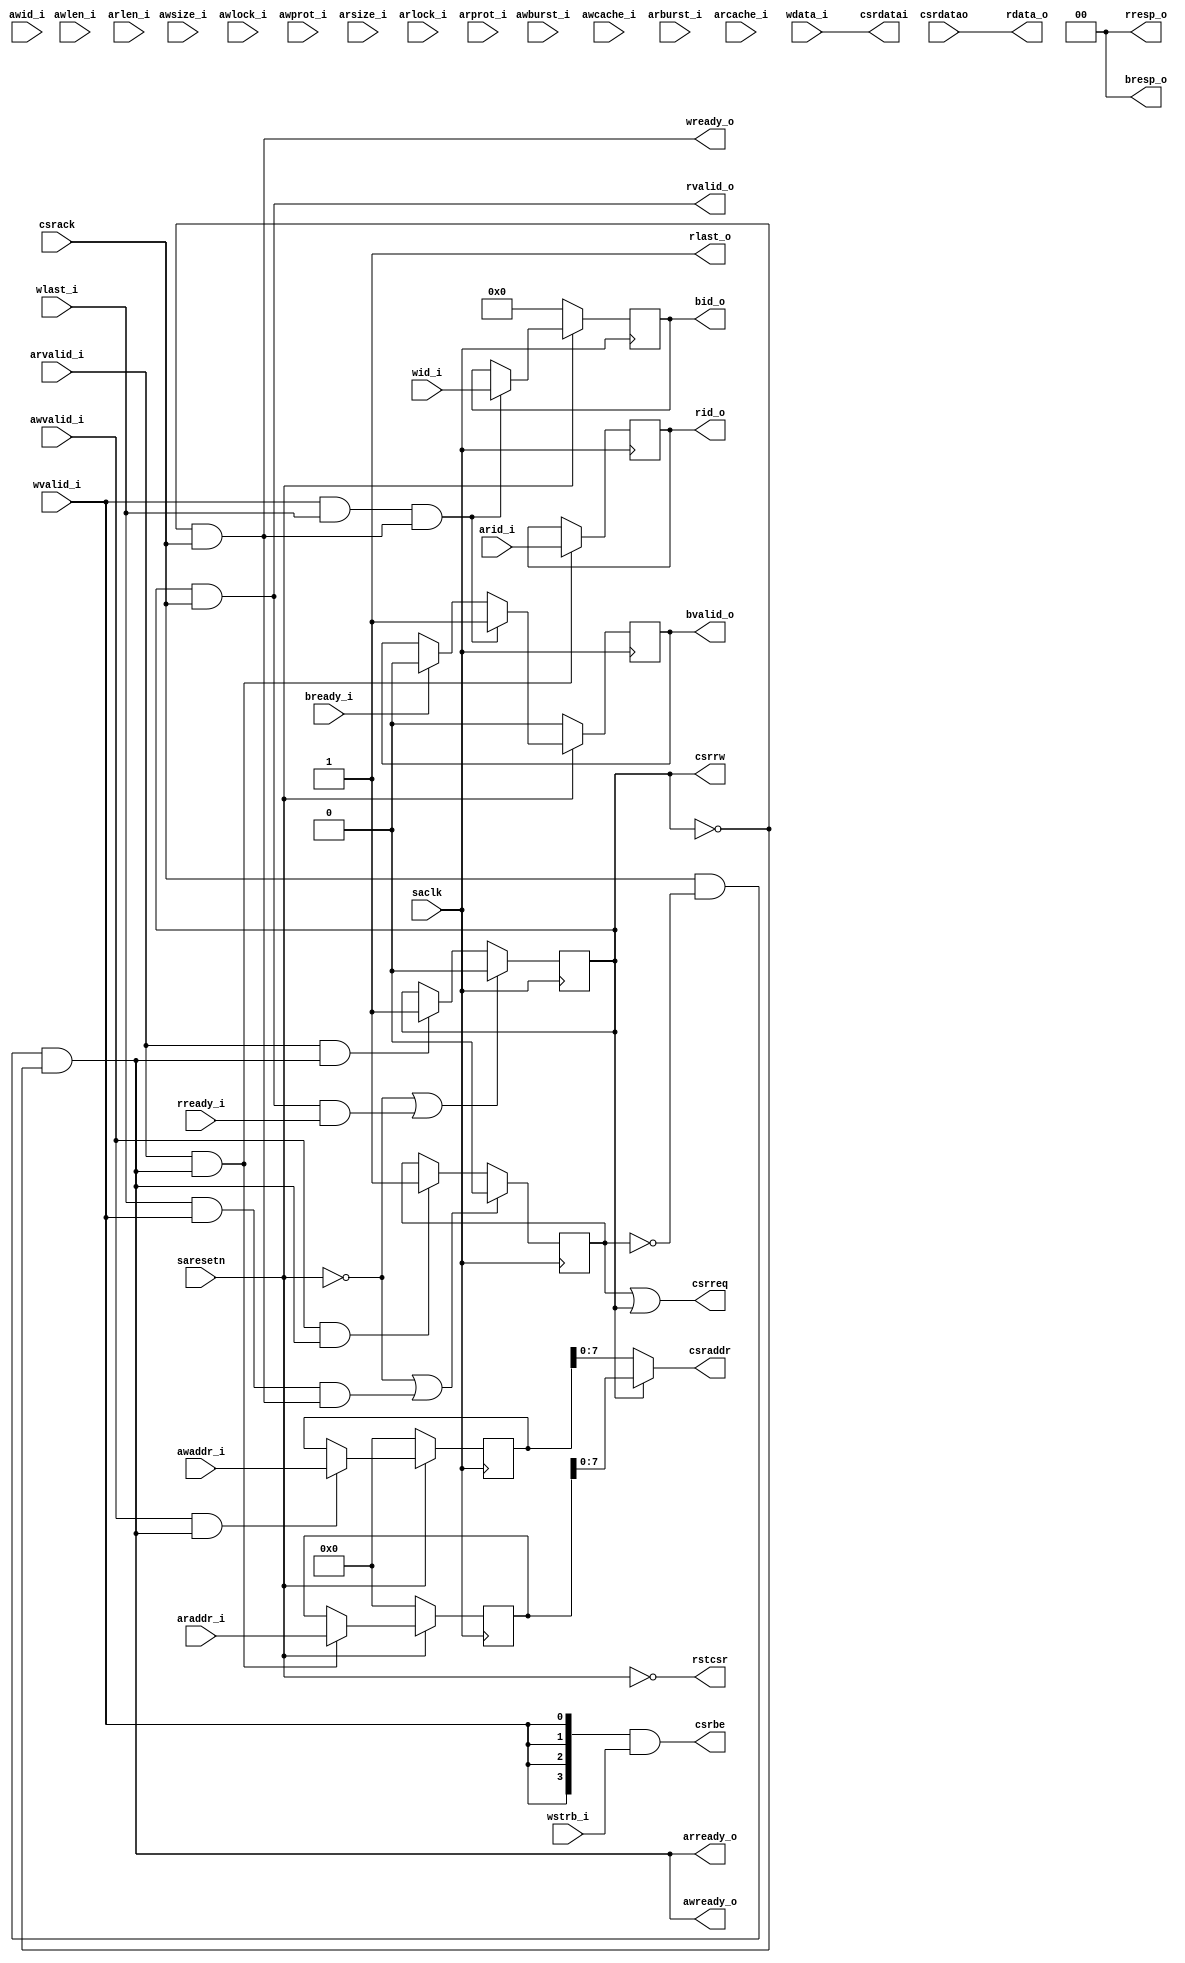
/*------------------------------------------------------------------------------
--------------------------------------------------------------------------------
Copyright (c) 2016, Loongson Technology Corporation Limited.

All rights reserved.

Redistribution and use in source and binary forms, with or without modification,
are permitted provided that the following conditions are met:

1. Redistributions of source code must retain the above copyright notice, this 
list of conditions and the following disclaimer.

2. Redistributions in binary form must reproduce the above copyright notice, 
this list of conditions and the following disclaimer in the documentation and/or
other materials provided with the distribution.

3. Neither the name of Loongson Technology Corporation Limited nor the names of 
its contributors may be used to endorse or promote products derived from this 
software without specific prior written permission.

THIS SOFTWARE IS PROVIDED BY THE COPYRIGHT HOLDERS AND CONTRIBUTORS "AS IS" AND 
ANY EXPRESS OR IMPLIED WARRANTIES, INCLUDING, BUT NOT LIMITED TO, THE IMPLIED 
WARRANTIES OF MERCHANTABILITY AND FITNESS FOR A PARTICULAR PURPOSE ARE 
DISCLAIMED. IN NO EVENT SHALL LOONGSON TECHNOLOGY CORPORATION LIMITED BE LIABLE
TO ANY PARTY FOR DIRECT, INDIRECT, INCIDENTAL, SPECIAL, EXEMPLARY, OR 
CONSEQUENTIAL DAMAGES (INCLUDING, BUT NOT LIMITED TO, PROCUREMENT OF SUBSTITUTE 
GOODS OR SERVICES; LOSS OF USE, DATA, OR PROFITS; OR BUSINESS INTERRUPTION) 
HOWEVER CAUSED AND ON ANY THEORY OF LIABILITY, WHETHER IN CONTRACT, STRICT 
LIABILITY, OR TORT (INCLUDING NEGLIGENCE OR OTHERWISE) ARISING IN ANY WAY OUT OF
THE USE OF THIS SOFTWARE, EVEN IF ADVISED OF THE POSSIBILITY OF SUCH DAMAGE.
--------------------------------------------------------------------------------
------------------------------------------------------------------------------*/

module MACCSR2AXI (
  saclk         ,
  saresetn      ,
  awid_i       ,
  awaddr_i     ,
  awlen_i      ,
  awsize_i     ,
  awburst_i    ,
  awlock_i     ,
  awcache_i    ,
  awprot_i     ,
  awvalid_i    ,
  awready_o    ,   
  wid_i        ,
  wdata_i      ,
  wstrb_i      ,
  wlast_i      ,
  wvalid_i     ,
  wready_o     ,
  bid_o        ,
  bresp_o      ,
  bvalid_o     ,
  bready_i     ,
  arid_i       ,
  araddr_i     ,
  arlen_i      ,
  arsize_i     ,
  arburst_i    ,
  arlock_i     ,
  arcache_i    ,
  arprot_i     ,
  arvalid_i    ,
  arready_o    ,
  rid_o        ,
  rdata_o      ,
  rresp_o      ,
  rlast_o      ,
  rvalid_o     ,
  rready_i     ,                 

  rstcsr        ,
  csrack        ,
  csrdatao      ,
  csrreq        ,
  csrrw         ,
  csrbe         ,
  csrdatai      ,
  csraddr
  );


  parameter SAXIDATAWIDTH     = 32;
  parameter SAXIADDRESSWIDTH  = 32;
  parameter CSRDATAWIDTH      = 32;
  parameter CSRADDRESSWIDTH   = 8;


    
  input     saclk;
  input     saresetn;
  input   [  3:0]   awid_i              ;
  input   [ 31:0]   awaddr_i            ;
  input   [  3:0]   awlen_i             ;
  input   [  2:0]   awsize_i            ;
  input   [  1:0]   awburst_i           ;
  input   [  1:0]   awlock_i            ;
  input   [  3:0]   awcache_i           ;
  input   [  2:0]   awprot_i            ;
  input             awvalid_i           ;
  output            awready_o           ;
  input   [  3:0]   wid_i               ;
  input   [ 31:0]   wdata_i             ;
  input   [  3:0]   wstrb_i             ;
  input             wlast_i             ;
  input             wvalid_i            ;
  output            wready_o            ;
  output  [  3:0]   bid_o               ;
  output  [  1:0]   bresp_o             ;
  output            bvalid_o            ;
  input             bready_i            ;
  input   [  3:0]   arid_i              ;
  input   [ 31:0]   araddr_i            ;
  input   [  3:0]   arlen_i             ;
  input   [  2:0]   arsize_i            ;
  input   [  1:0]   arburst_i           ;
  input   [  1:0]   arlock_i            ;
  input   [  3:0]   arcache_i           ;
  input   [  2:0]   arprot_i            ;
  input             arvalid_i           ;
  output            arready_o           ;
  output  [  3:0]   rid_o               ;
  output  [ 31:0]   rdata_o             ;
  output  [  1:0]   rresp_o             ;
  output            rlast_o             ;
  output            rvalid_o            ;
  input             rready_i            ;                 

    
  output    rstcsr; 
  wire      rstcsr;
  input     csrack; 
  input     [CSRDATAWIDTH - 1:0] csrdatao; 
  output    csrreq; 
  wire      csrreq;
  output    csrrw; 
  wire      csrrw;
  output    [CSRDATAWIDTH / 8 - 1:0] csrbe; 
  wire      [CSRDATAWIDTH / 8 - 1:0] csrbe;
  output    [CSRDATAWIDTH - 1:0] csrdatai; 
  wire      [CSRDATAWIDTH - 1:0] csrdatai;
  output    [CSRADDRESSWIDTH - 1:0] csraddr; 
  wire      [CSRADDRESSWIDTH - 1:0] csraddr;


reg isWriting;
reg isReading;
wire awready;
wire arready;
wire wvalid;
wire wlast;
wire wready;
wire rvalid;
wire rlast;
wire rready;

assign wvalid = wvalid_i;
assign wlast  = wlast_i;

always @(posedge saclk)
begin
   if (!saresetn || (wlast && wvalid && wready))
   begin
      isWriting <= 1'b0;
   end
   else if (awvalid_i && awready)
   begin
      isWriting <= 1'b1;
   end
end
always @(posedge saclk)
begin
   if (!saresetn || (rlast && rvalid && rready))
   begin
      isReading <= 1'b0;
   end
   else if (arvalid_i && arready)
   begin
      isReading <= 1'b1;
   end
end 

wire        arvalid; 
wire        rd_valid;
wire [1:0]  rresp;
wire [31:0] rdata;
reg [31:0]  rd_addr;
reg [3:0]   rid;
reg [2:0]   rd_size;


assign  arvalid = arvalid_i;
assign  rd_valid = arvalid & arready;
assign  rready = rready_i;
assign  rresp = 2'b00;

always @(posedge saclk)
    if(rd_valid) begin
        rid       <= arid_i;
    end

always @(posedge saclk)
begin
    if(!saresetn) begin
        rd_addr <= 32'h0;
    end 
    else if (rd_valid) begin
        rd_addr <= araddr_i;
    end
end

assign arready = csrack  & !isWriting & !isReading;
assign rvalid = csrrw & csrack;
assign rlast = 1'b1;
assign rdata = csrdatao;

reg [31:0]  wr_addr;
wire        wr_valid;
wire [3:0]  wr_strb;
wire        awvalid;
wire        bready;

assign awvalid = awvalid_i;
assign awready = csrack & !isWriting & !isReading;
assign wready = !csrrw && csrack;
assign bready = bready_i;
assign wr_strb = {4{wvalid}} & wstrb_i;
assign wr_valid = awvalid & awready;


always @(posedge saclk)
begin
    if(!saresetn) begin
        wr_addr <= 32'h0;
    end
    else if (wr_valid) begin
        wr_addr <= awaddr_i;
    end
end


wire w_resp_valid;
reg  w_resp_valid_r;
reg[3:0] bid_r;
assign w_resp_valid = wvalid & wlast & wready;
always @(posedge saclk)
     if(!saresetn) begin
       w_resp_valid_r <= 1'b0;
       bid_r          <= 4'b0;
     end
     else if(w_resp_valid) begin
        w_resp_valid_r <= 1'b1;
        bid_r          <= wid_i;
     end
     else if(bready) begin
       w_resp_valid_r <= 1'b0;
     end

wire [1:0] bresp  = 2'b00; 
wire [3:0] bid    = bid_r;
wire  bvalid = w_resp_valid_r;

assign csrdatai = wdata_i;

assign csrbe = wr_strb;

assign csraddr = csrrw ? rd_addr[7:0]: wr_addr[7:0];

assign csrreq = isWriting | isReading;

assign csrrw = isReading;

assign rstcsr = ~saresetn;

assign awready_o = awready;
assign wready_o = wready;

assign bid_o = bid;
assign bresp_o = bresp;
assign bvalid_o = bvalid;

assign arready_o = arready;
assign rid_o = rid;
assign rdata_o = rdata;
assign rresp_o = rresp;
assign rlast_o = rlast;
assign rvalid_o = rvalid;

endmodule